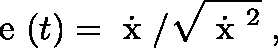
{ \mathrm { \boldmath ~ e ~ } } ( t ) = \dot { { \mathrm { \boldmath ~ x ~ } } } / \sqrt { { \dot { { \mathrm { \boldmath ~ x ~ } } } } ^ { 2 } } \; ,